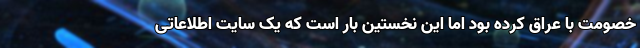
خصومت با عراق کرده بود اما این نخستین بار است که یک سایت اطلاعاتی